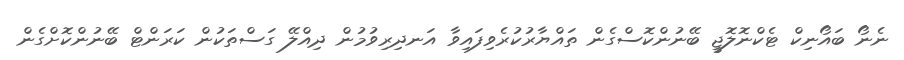
ނެނޯ ބައޯނިކް ޓެކްނޮލޮޖީ ބޭނުންކޮސްގެން ތައްޔާރުކުރެވިފައިވާ އަނދިރިވުމުން ދިއްލޭ ގަސްތަކުން ކަރަންޓް ބޭނުންކޮށްގެން